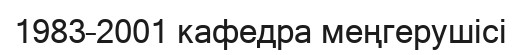
1983–2001 кафедра меңгерушісі